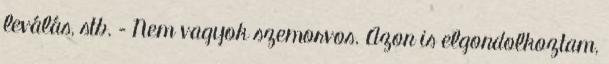
leválás, stb. – Nem vagyok szemorvos. Azon is elgondolkoztam,